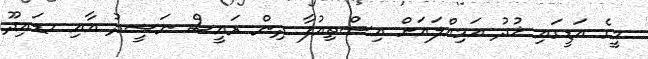
މީގެ އަޑީގައި ޚުދު އަމިއްލައަށް އިސްތިއުފާ ދިން ރައީސް ނަޝީދު އާއި ހޑައިދޫ